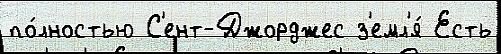
по́лностью С'ент-Джорджес з'емл'я́ Есть